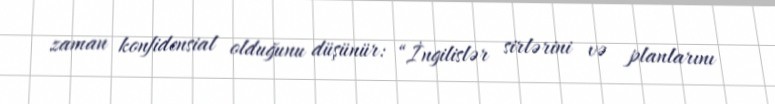
zaman konfidensial olduğunu düşünür: “İngilislər sirlərini və planlarını